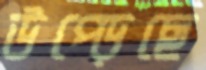
উপ্‌ড়েছে